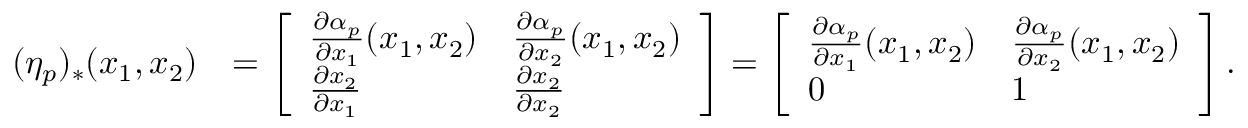
\begin{array} { r l } { ( \eta _ { p } ) _ { * } ( x _ { 1 } , x _ { 2 } ) } & { = \left[ \begin{array} { l l } { \frac { \partial \alpha _ { p } } { \partial x _ { 1 } } ( x _ { 1 } , x _ { 2 } ) } & { \frac { \partial \alpha _ { p } } { \partial x _ { 2 } } ( x _ { 1 } , x _ { 2 } ) } \\ { \frac { \partial x _ { 2 } } { \partial x _ { 1 } } } & { \frac { \partial x _ { 2 } } { \partial x _ { 2 } } } \end{array} \right] = \left[ \begin{array} { l l } { \frac { \partial \alpha _ { p } } { \partial x _ { 1 } } ( x _ { 1 } , x _ { 2 } ) } & { \frac { \partial \alpha _ { p } } { \partial x _ { 2 } } ( x _ { 1 } , x _ { 2 } ) } \\ { 0 } & { 1 } \end{array} \right] . } \end{array}